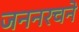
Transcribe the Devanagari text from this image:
जननरचने